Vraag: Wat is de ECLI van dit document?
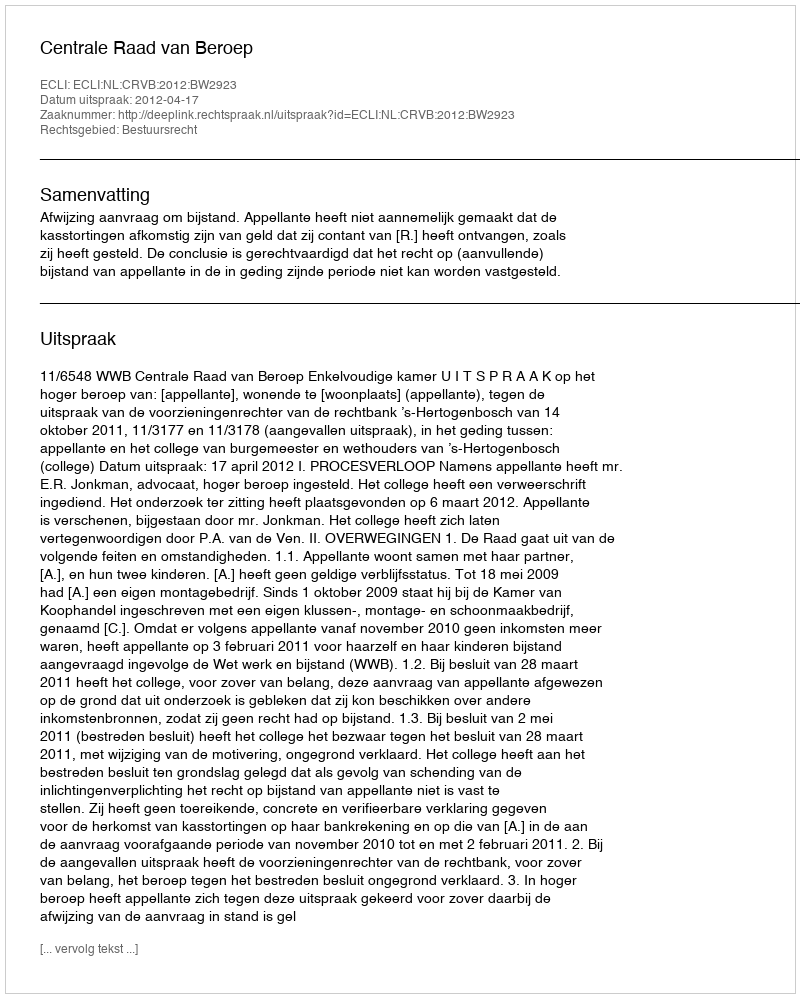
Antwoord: ECLI:NL:CRVB:2012:BW2923